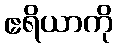
ဧရိယာကို